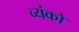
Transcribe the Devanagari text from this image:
व्यंको